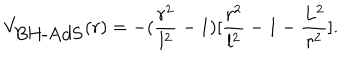
V _ { \mathrm { B H - A d S } } ( r ) = - ( \frac { r ^ { 2 } } { l ^ { 2 } } - 1 ) [ \frac { r ^ { 2 } } { l ^ { 2 } } - 1 - \frac { L ^ { 2 } } { r ^ { 2 } } ] .